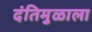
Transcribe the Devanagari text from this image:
दंतिमुळाला